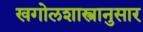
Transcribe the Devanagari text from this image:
खगोलशास्त्रानुसार